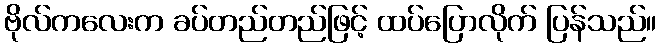
ဗိုလ်ကလေးက ခပ်တည်တည်ဖြင့် ထပ်ပြောလိုက် ပြန်သည်။